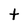
Character: t